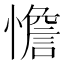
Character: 憺